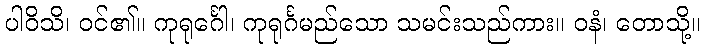
ပါဝိသိ၊ ဝင်၏။ ကုရုင်္ဂေါ၊ ကုရုင်္ဂမည်သော သမင်းသည်ကား။ ဝနံ၊ တောသို့။